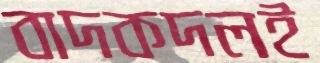
বাদকদলই